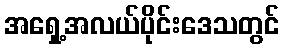
အရှေ့အလယ်ပိုင်းဒေသတွင်